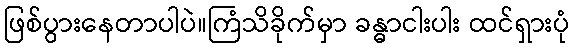
ဖြစ်ပွားနေတာပါပဲ။ကြံသိခိုက်မှာ ခန္ဓာငါးပါး ထင်ရှားပုံ